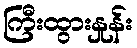
ကြီးထွားနှုန်း